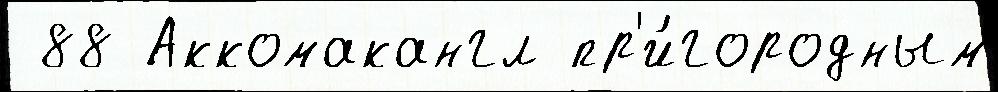
 88 Аккомакангл пр'и́городным